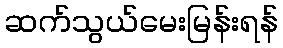
ဆက်သွယ်မေးမြန်းရန်